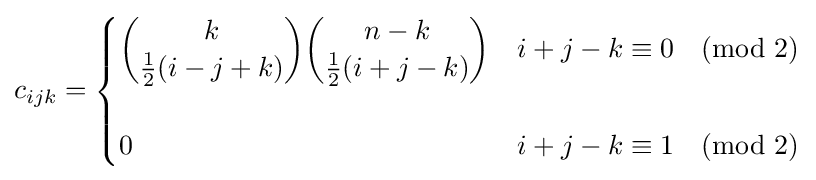
c_{ijk}={\begin{cases}{\dbinom {k}{{\frac {1}{2}}(i-j+k)}}{\dbinom {n-k}{{\frac {1}{2}}(i+j-k)}}&i+j-k\equiv 0{\pmod {2}}\\\\0&i+j-k\equiv 1{\pmod {2}}\end{cases}}